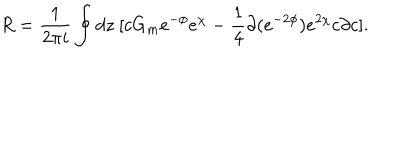
LaTeX: R = \frac { 1 } { 2 \pi i } \oint d z ~ [ c G _ { m } e ^ { - \phi } e ^ { \chi } - \frac { 1 } { 4 } \partial ( e ^ { - 2 \phi } ) e ^ { 2 \chi } c \partial c ] .